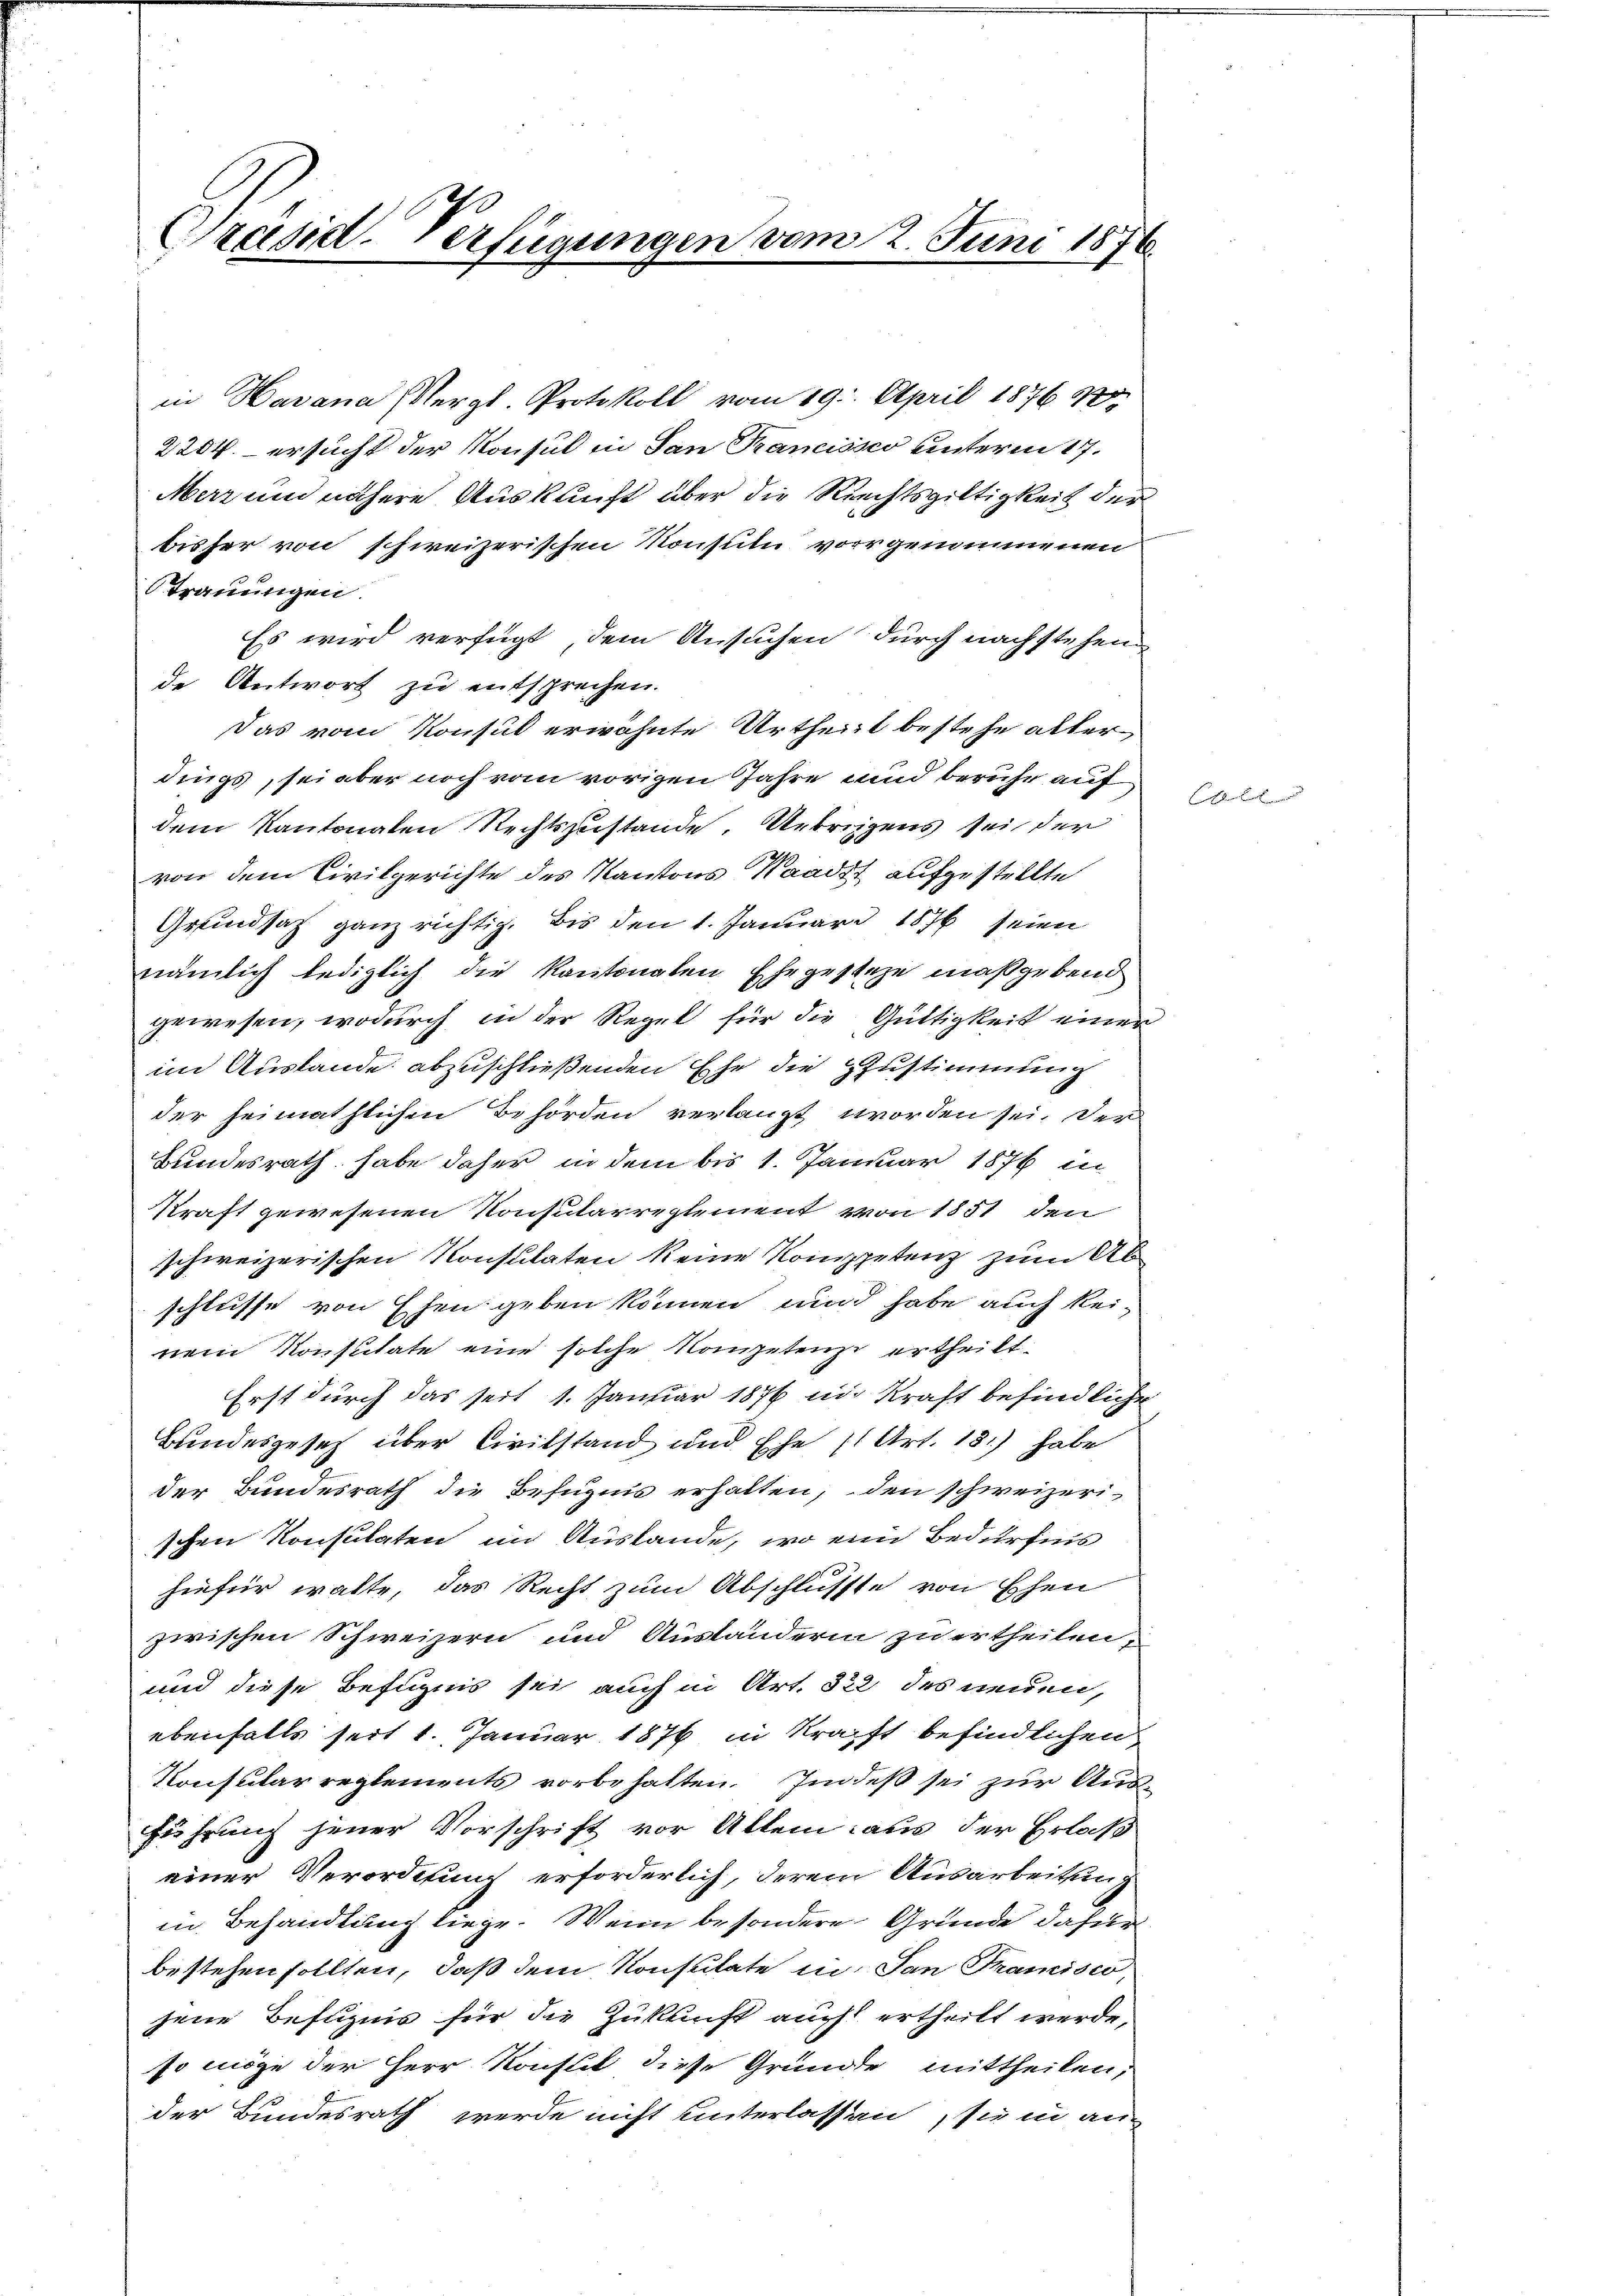
Präsid-Verfügungen vom 2. Juni 1876

in Havana (Vergl. Protokoll vom 19. April 1876
2204. – ersucht der Konsul in San Trancisco unterm 17.
Merz und nähere Auskunft über die Rechtsgültigkeit der
bisher von schweizerischen Konsul vorgenommenen
Trauungen.
Es wird verfügt dem Ansuchen durch nachstehen
de Antwort zu entsprechen.
Das vom Konsul erwähnte Urtheilt bestehe alter,
dings, sei aber noch vom vorigen Jahre und beruhe auf
dem Kantonalen Rechtszustande. Uebrigens sei der
1
von dem Civilgerichte des Kantons Waadt aufgestellte
Grundsatz ganz richtig. Bis den 1. Januar 1876 seien
nämlich lediglich die Kantonalen Ehegestehe maßgebend
gewesen, wodurch in der Regel für die Güttigkeit einer
im Auslande abzuschließenden Ehe die Zustimmung
der heimathlichen Behörden verlangt worden sei. Der
Bundesrath habe daher in dem bis 1. Januar 1876 in
Kraft gewesenen Konsularreglement von 1851 den
schweizerischen Konsulaten keine Komppetenz zum Ab
schlusse von Ehen geben können, und habe auch kei-
nem Konstitate eine solche Kompetenz ertheilt.
Erst durch das seit 1. Januar 1876 in Kraft befindliche
Bundesgesetz über Civilstand und Ehe 11 Art. 13.) habe
der Bundesrath die Befugnis erhalten, den schweizerischen Konsulaten im Austande, wo eine Bedürfnis
hiefür walte, das Recht zum Abschlusste von Ehen
zwischen Schweizern und Austanderin zu ertheilen,
und diese Befugnis sei auch in Art. 322 des neuen,
ebenfalls seit 1. Januar 1876 in Kraft befindlichen
Konsular reglements vorbehalten. Indeß sei zur Aus
Führung jener Vorschrift vor Allem aus der Erlaß
einer Verordnung erforderlich, derem Ausarbeitung
in Behandlung liege. Wenn besondere Grunde dafür
bestehen sollten, daß dem Konsulate in San Francisco,
jene Befugnis für die Zukunft auch ertheilt werde,
so möge der Herr Konstit diese Gründe mittheilen,
der Bundesrath werde nicht unterlassen, sie in an

t